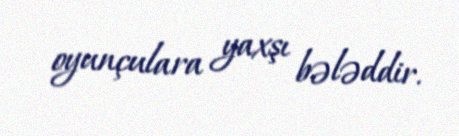
oyunçulara yaxşı bələddir.